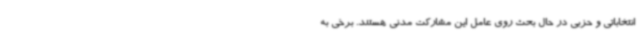
انتخاباتی و حزبی در حال بحث روی عامل این مشارکت مدنی هستند. برخی به